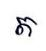
ត